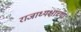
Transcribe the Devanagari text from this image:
राजाध्यक्षांच्या